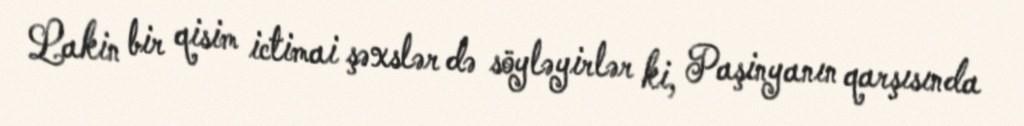
Lakin bir qisim ictimai şəxslər də söyləyirlər ki, Paşinyanın qarşısında